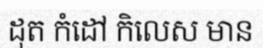
ដុត កំដៅ កិលេស មាន